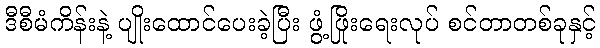
ဒီစီမံကိန်းနဲ့ ပျိုးထောင်ပေးခဲ့ပြီး ဖွံ့ဖြိုးရေးလုပ် စင်တာတစ်ခုနှင့်